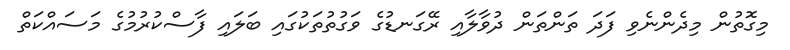
މިގޮތުން މިދެންނެވި ފަދަ ތަންތަން ދުވާލާއި ރޭގަނޑުގެ ވަގުތުތަކުގައި ބަލައި ފާސްކުރުމުގެ މަސައްކަތް